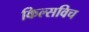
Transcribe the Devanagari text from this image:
किल्सविच